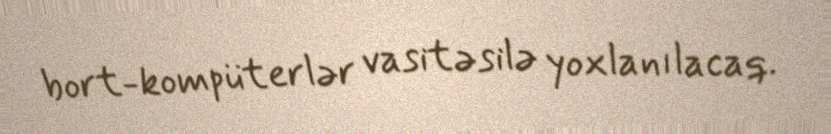
bort-kompüterlər vasitəsilə yoxlanılacaq.